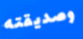
وصديقته